Report on sanitation, dispensaries, and jails in Rajputana for 1915, and on vaccination for the year 1915-1916 - 1915-1916
Year: 1915
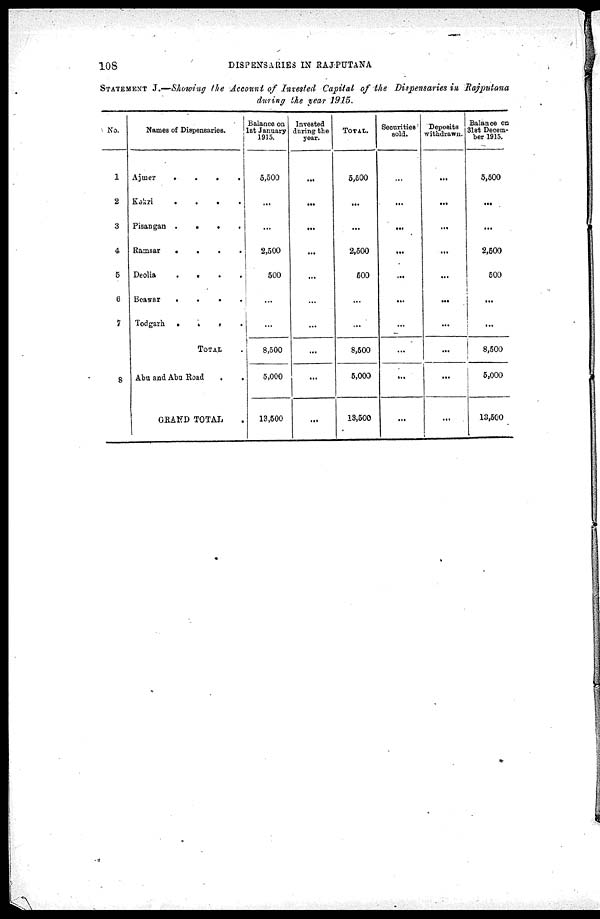
108
DISPENSARIES IN RAJPUTANA
STATEMENT J.—Showing the Account of Invested Capital of the Dispensaries in Rajputana
during the year 1915.
No.
1
2
3
4
5
6
7
8
Names of Dispensaries.
Ajmer
.
.
.
.
.
Kakri
.
.
.
.
.
Pisangan . . . . .
Ramsar
.
.
.
.
.
Deolia . . . . .
Beawar
.
.
.
.
.
Todgarh . . . . .
TOTAL . . . . .
Abu and Abu Road
.
.
GRAND TOTAL.
Balance on
1st January
1915.
5,500
...
...
2,500
500
...
...
8,500
5,000
13,500
Invested
during the
year.
...
...
...
...
...
...
...
...
...
...
TOTAL.
5,500
...
...
2,500
500
...
...
8,500
5,000
13,500
Securities
sold.
...
...
...
...
...
...
...
...
...
...
Deposits
withdrawn.
...
...
...
...
...
...
...
...
...
...
Balance on
31st Decem-
ber 1915.
5,500
...
...
2,500
500
...
...
8,500
5,000
18,500